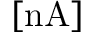
[ \mathrm { n A } ]